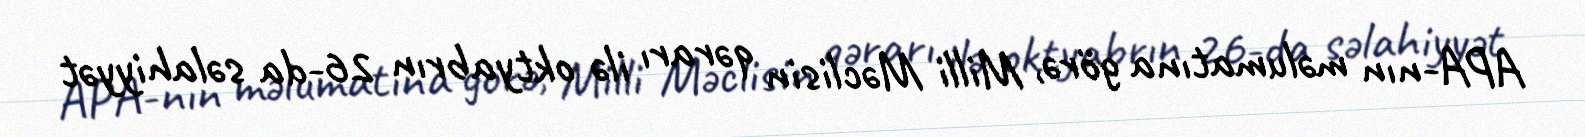
APA-nın məlumatına görə, Milli Məclisin qərarı ilə oktyabrın 26-da səlahiyyət